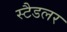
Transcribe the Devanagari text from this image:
स्टैडलर